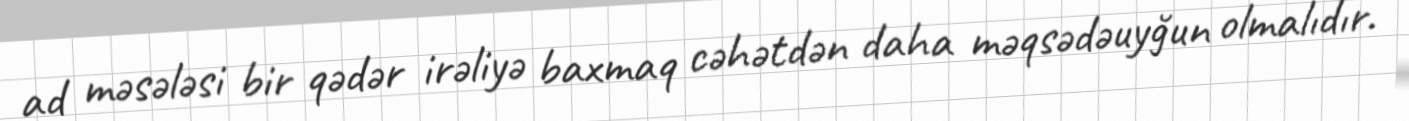
ad məsələsi bir qədər irəliyə baxmaq cəhətdən daha məqsədəuyğun olmalıdır.